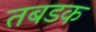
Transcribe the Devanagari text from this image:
तबडक